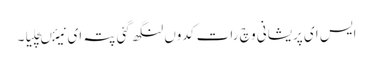
ایس ای پریشانی وچ رات کدوں لنگھ گئی پتہ ای نیئںچلیا۔